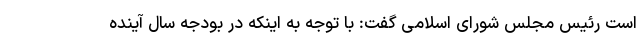
است رئیس مجلس شورای اسلامی گفت: با توجه به اینکه در بودجه سال آینده